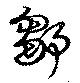
鄒